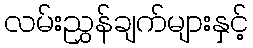
လမ်းညွှန်ချက်များနှင့်